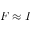
F \approx I